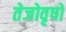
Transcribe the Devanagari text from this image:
तेजोवृषो